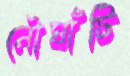
নৌঘাঁটি